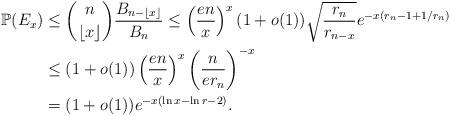
LaTeX: \begin{align*} \mathbb{P}(E_x) &\le {n \choose \lfloor x \rfloor}\frac{B_{n-\lfloor x \rfloor}}{B_n} \le \left(\frac{en}{x}\right)^x (1 + o(1))\sqrt{\frac{r_n}{r_{n-x}}} e^{-x(r_n - 1 + 1/r_n)}\\ &\le (1 + o(1)) \left(\frac{en}{x}\right)^x \left( \frac{n}{er_n}\right)^{-x}\\ &= (1 + o(1)) e^{-x(\ln x - \ln r -2)}. \end{align*}